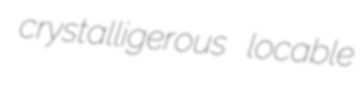
crystalligerous locable